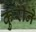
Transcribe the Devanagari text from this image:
कुरीने